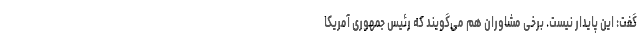
گفت: این پایدار نیست. برخی مشاوران هم می‌گویند که رئیس جمهوری آمریکا